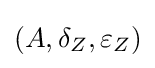
(A,\delta _{Z},\varepsilon _{Z})